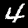
Label: 4